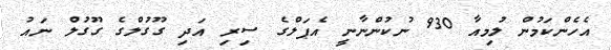
އެހެންކަމުން ލުމިއާ 930 ނުކުންނާނީ އެޕަލްގެ ސިރި އަދި ގޫގުލްގެ ގޫގުލް ނައު